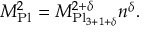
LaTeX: M _ { \mathrm { P l } } ^ { 2 } = M _ { \mathrm { P l } _ { 3 + 1 + \delta } } ^ { 2 + \delta } n ^ { \delta } .